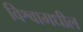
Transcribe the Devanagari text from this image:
विश्वामधील